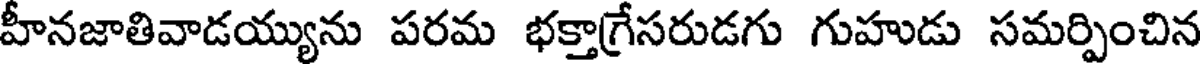
హీనజాతివాడయ్యును పరమ భక్తాగ్రేసరుడగు గుహుడు సమర్పించిన